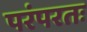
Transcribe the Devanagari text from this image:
परंपरतः